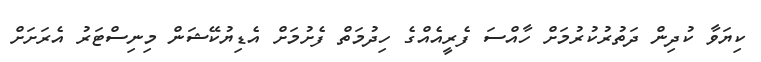
ކިޔަވާ ކުދިން ދަތުރުކުރުމަށް ހާއްސަ ފެރީއެއްގެ ހިދުމަތް ފެށުމަށް އެޑިޔުކޭޝަން މިނިސްޓަރު އެރަށަށް